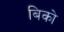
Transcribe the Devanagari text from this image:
बिको